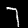
Label: 7